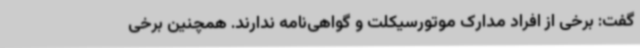
گفت: برخی از افراد مدارک موتورسیکلت و گواهی‌نامه ندارند. همچنین برخی